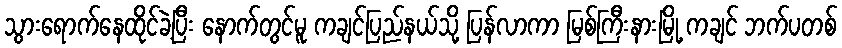
သွားရောက်နေထိုင်ခဲ့ပြီး နောက်တွင်မူ ကချင်ပြည်နယ်သို့ ပြန်လာကာ မြစ်ကြီးနားမြို့ ကချင် ဘက်ပတစ်